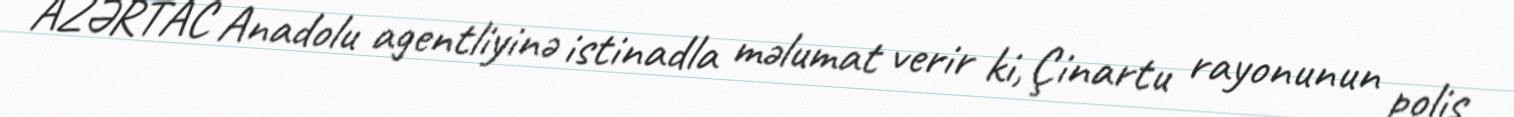
AZƏRTAC Anadolu agentliyinə istinadla məlumat verir ki, Çinartu rayonunun polis